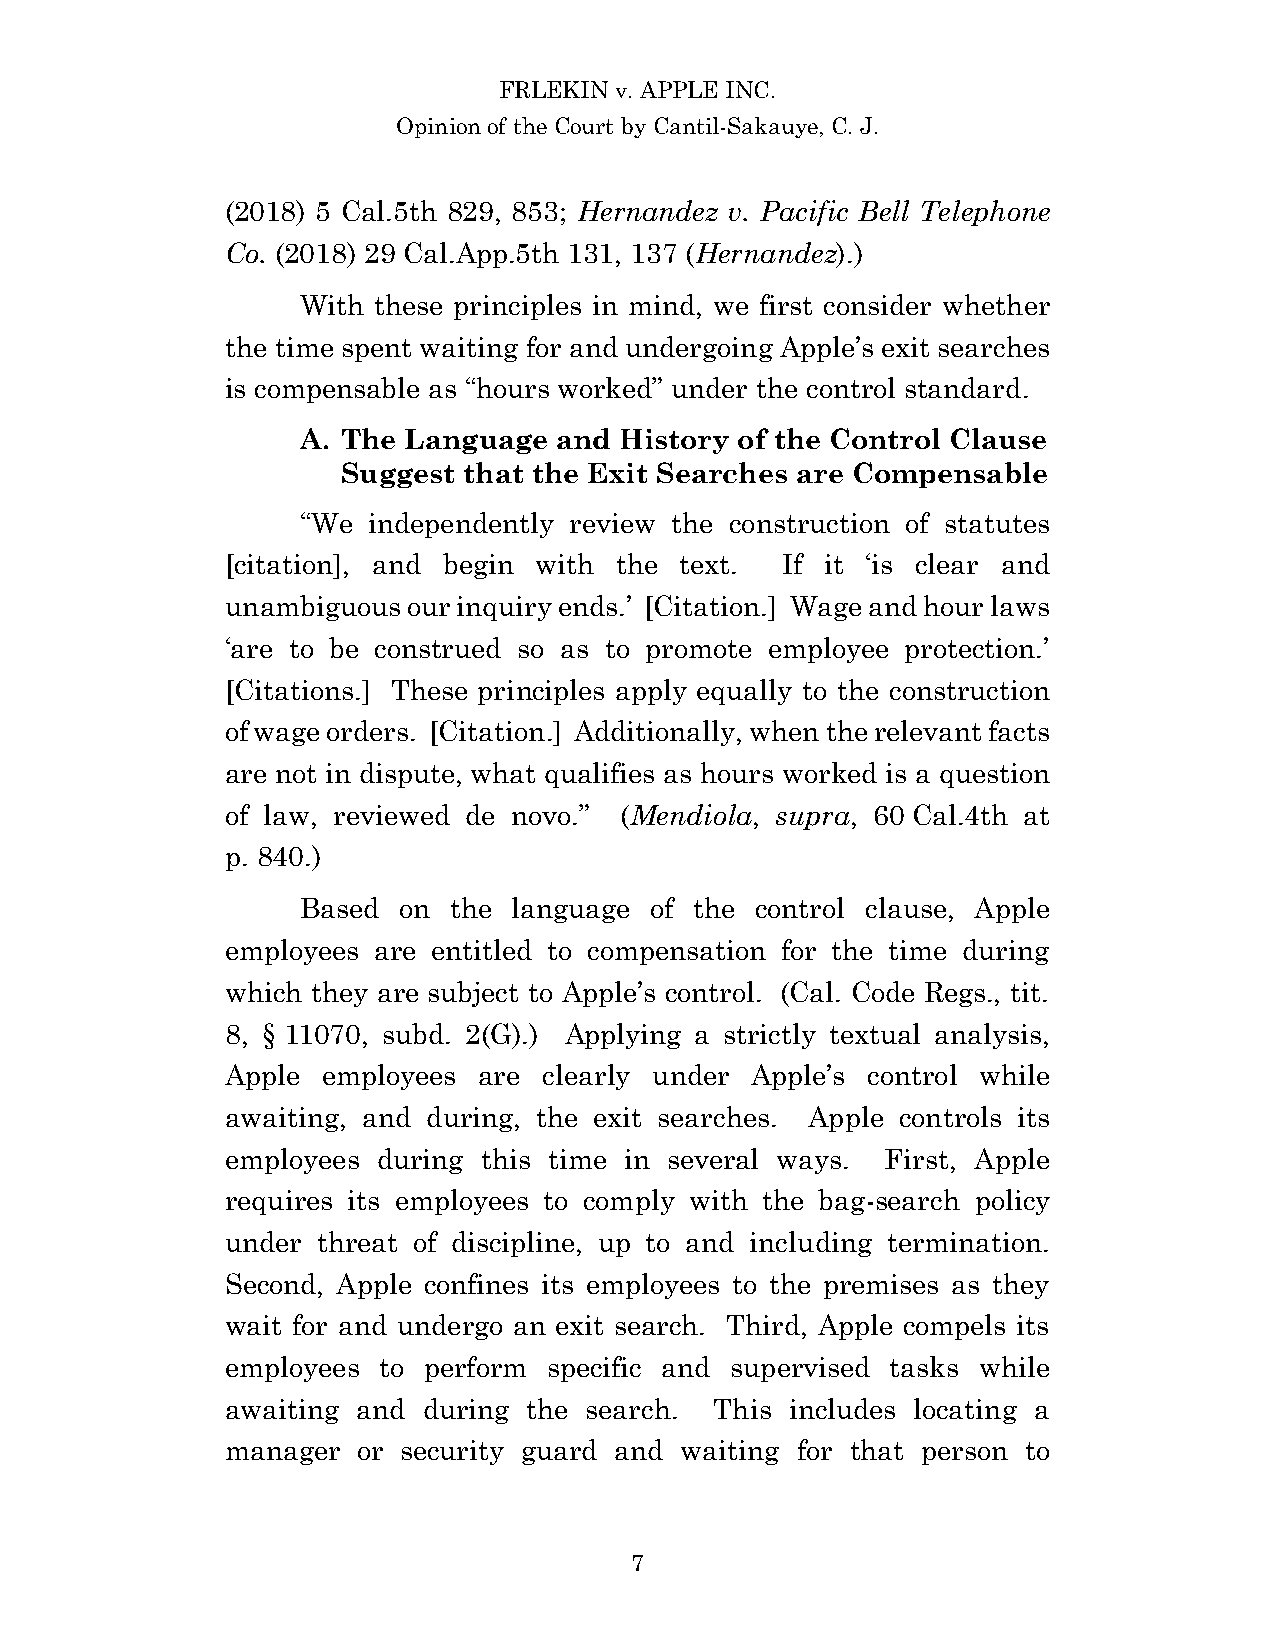
FRLEKIN v. APPLE INC.
 Opinion of the Court by Cantil-Sakauye, C. J.
 (2018) 5 Cal.5th 829, 853; Hernandez v. Pacific Bell Telephone
 Co. (2018) 29 Cal.App.5th 131, 137 (Hernandez).)
 With these principles in mind, we first consider whether
 the time spent waiting for and undergoing Apple’s exit searches
 is compensable as “hours worked” under the control standard.
 A. The Language  and History of the Control Clause
 Suggest that the Exit Searches are Compensable
 “We independently review the construction of statutes
 [citation], and begin with the text. If it ‘is clear and
 unambiguous our inquiry ends.’ [Citation.] Wage and hour laws
 ‘are to be construed so as to promote employee protection.’
 [Citations.] These principles apply equally to the construction
 of wage orders. [Citation.] Additionally, when the relevant facts
 are not in dispute, what qualifies as hours worked is a question
 of law, reviewed de novo.” (Mendiola, supra, 60 Cal.4th at
 p. 840.)
 Based on  the language of the control clause, Apple
 employees are entitled to compensation for the time during
 which they are subject to Apple’s control. (Cal. Code Regs., tit.
 8, § 11070, subd. 2(G).) Applying a strictly textual analysis,
 Apple employees  are clearly under Apple’s control while
 awaiting, and during, the exit searches. Apple controls its
 employees during this time in several ways. First, Apple
 requires its employees to comply with the bag-search policy
 under threat of discipline, up to and including termination.
 Second, Apple confines its employees to the premises as they
 wait for and undergo an exit search. Third, Apple compels its
 employees to perform specific and supervised tasks while
 awaiting and during the search. This includes locating a
 manager  or security guard and waiting for that person to
 7